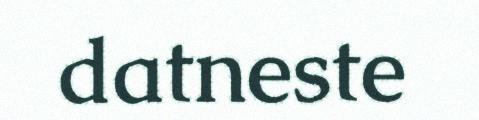
datneste